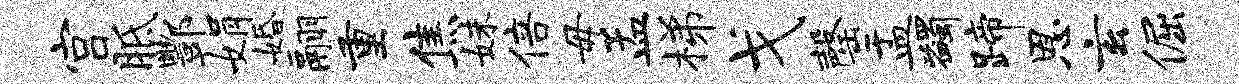
宫胝酆娟婚翮重焦妹倍毋孟梯戈罄盂蠲蹄恩玄倔